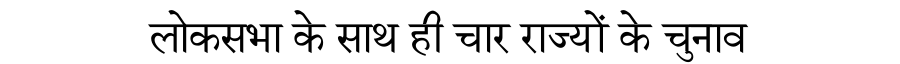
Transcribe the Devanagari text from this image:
लोकसभा के साथ ही चार राज्यों के चुनाव